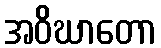
အဝိဃာတော